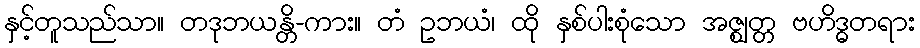
နှင့်တူသည်သာ။ တဒုဘယန္တိ-ကား။ တံ ဥဘယံ၊ ထို နှစ်ပါးစုံသော အဇ္ဈတ္တ ဗဟိဒ္ဓတရား